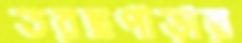
তরছপাড়ার